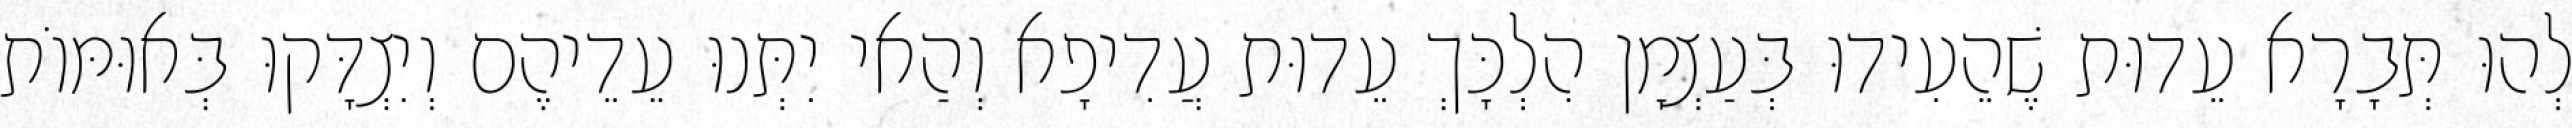
לְהוּ תְּבָרָא עֵדוּת שֶׁהֵעִידוּ בְּעַצְמָן הִלְכָּךְ עֵדוּת עֲדִיפָא וְהַאי יִתְּנוּ עֵדֵיהֶם וְיִצְדָּקוּ בְּאוּמּוֹת